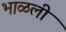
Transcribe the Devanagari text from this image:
भाळली